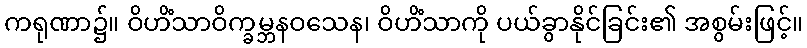
ကရုဏာ၌။ ဝိဟိံသာဝိက္ခမ္ဘနဝသေန၊ ဝိဟိံသာကို ပယ်ခွာနိုင်ခြင်း၏ အစွမ်းဖြင့်။